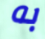
به